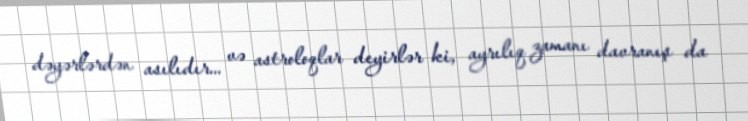
dəyərlərdən asılıdır... və astroloqlar deyirlər ki, ayrılıq zamanı davranış da